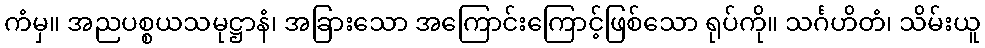
ကံမှ။ အညပစ္စယသမုဋ္ဌာနံ၊ အခြားသော အကြောင်းကြောင့်ဖြစ်သော ရုပ်ကို။ သင်္ဂဟိတံ၊ သိမ်းယူ